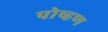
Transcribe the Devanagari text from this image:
पोष्हण